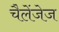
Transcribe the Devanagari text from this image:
चैलेंजेज